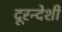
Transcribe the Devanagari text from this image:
दूरन्देशी